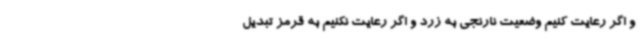
و اگر رعایت کنیم وضعیت نارنجی به زرد و اگر رعایت نکنیم به قرمز تبدیل